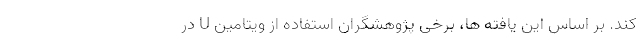
کند. بر اساس این یافته ها، برخی پژوهشگران استفاده از ویتامین U در